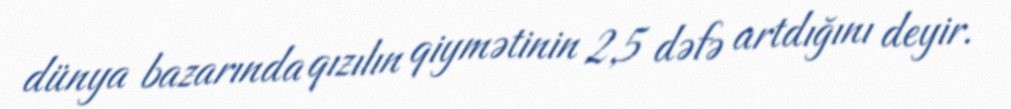
dünya bazarında qızılın qiymətinin 2,5 dəfə artdığını deyir.